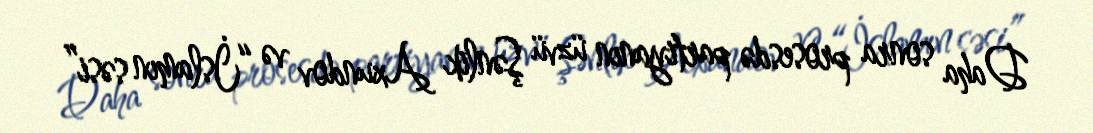
Daha sonra prosesdə partiyanın üzvü Şənlik Axundov və “İslamın səsi”